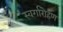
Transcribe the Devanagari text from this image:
स्‍वर्गारोहण